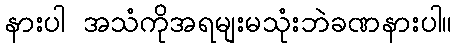
နားပါ အသံကိုအရမျးမသုံးဘဲခဏနားပါ။